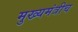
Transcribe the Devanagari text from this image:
मुख्यमंत्रीच